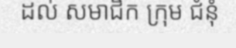
ដល់ សមាជិក ក្រុម ជំនុំ